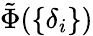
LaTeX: \tilde{\Phi}(\{ \delta_{i}\} )